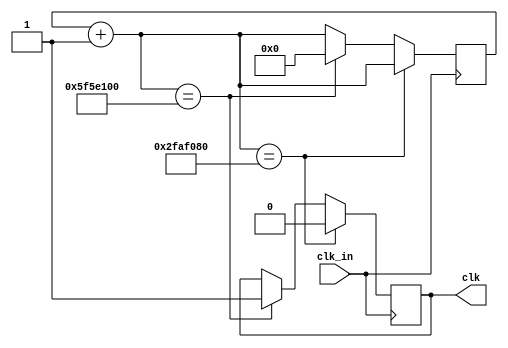
`timescale 1ns / 1ps
//////////////////////////////////////////////////////////////////////////////////
// Company: 
// Engineer: 
// 
// Design Name: 
// Module Name: clk_div
// Project Name: 
// Target Devices: 
// Tool Versions: 
// Description: 
// 
// Dependencies: 
// 
// Revision:
// Revision 0.01 - File Created
// Additional Comments:
// 
//////////////////////////////////////////////////////////////////////////////////


module clk_div(clk_in,clk);
input clk_in;
output reg clk;
reg [26:0]count;

always@(posedge clk_in)
begin
    count=count+1;
    if (count==27'd50000000)
        clk=0;
    else if (count==27'd100000000)
    begin
        clk=1;
        count=0;
    end
    
end
endmodule